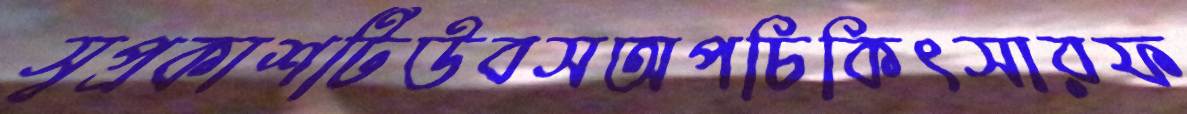
স্বপ্রকাশটিউবসঅপচিকিৎসারফ